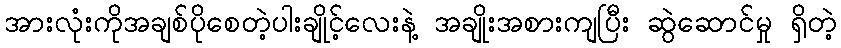
အားလုံးကိုအချစ်ပိုစေတဲ့ပါးချိုင့်လေးနဲ့ အချိုးအစားကျပြီး ဆွဲဆောင်မှု ရှိတဲ့